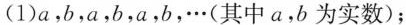
(1)a，b，a，b，a，b，…(其中a，b为实数)；